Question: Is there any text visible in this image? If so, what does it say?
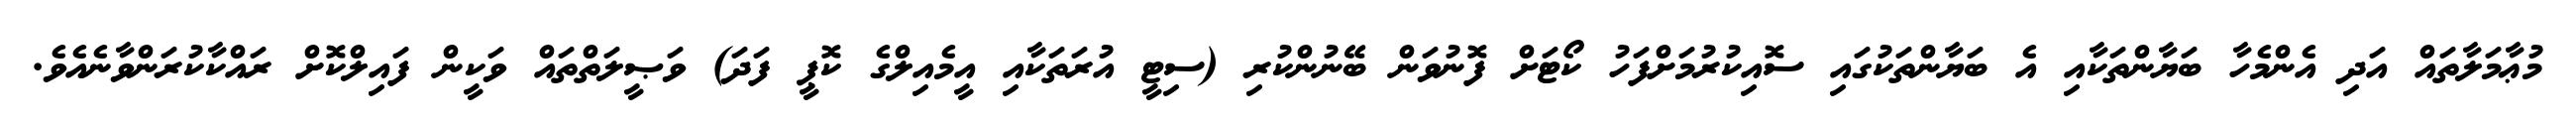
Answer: މުޢާމަލާތައް އަދި އެންމެހާ ބަޔާންތަކާއި އެ ބަޔާންތަކުގައި ސޮއިކުރުމަށްފަހު ކޯޓަށް ފޮނުވަން ބޭނުންކުރި (ސިޓީ އުރަތަކާއި އީމެއިލްގެ ކޮޕީ ފަދަ) ވަޞީލަތްތައް ވަކީން ފައިލްކޮށް ރައްކާކުރަންވާނެއެވެ.